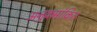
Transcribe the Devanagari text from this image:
अनुक्र्मांकित